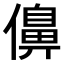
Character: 𠏿